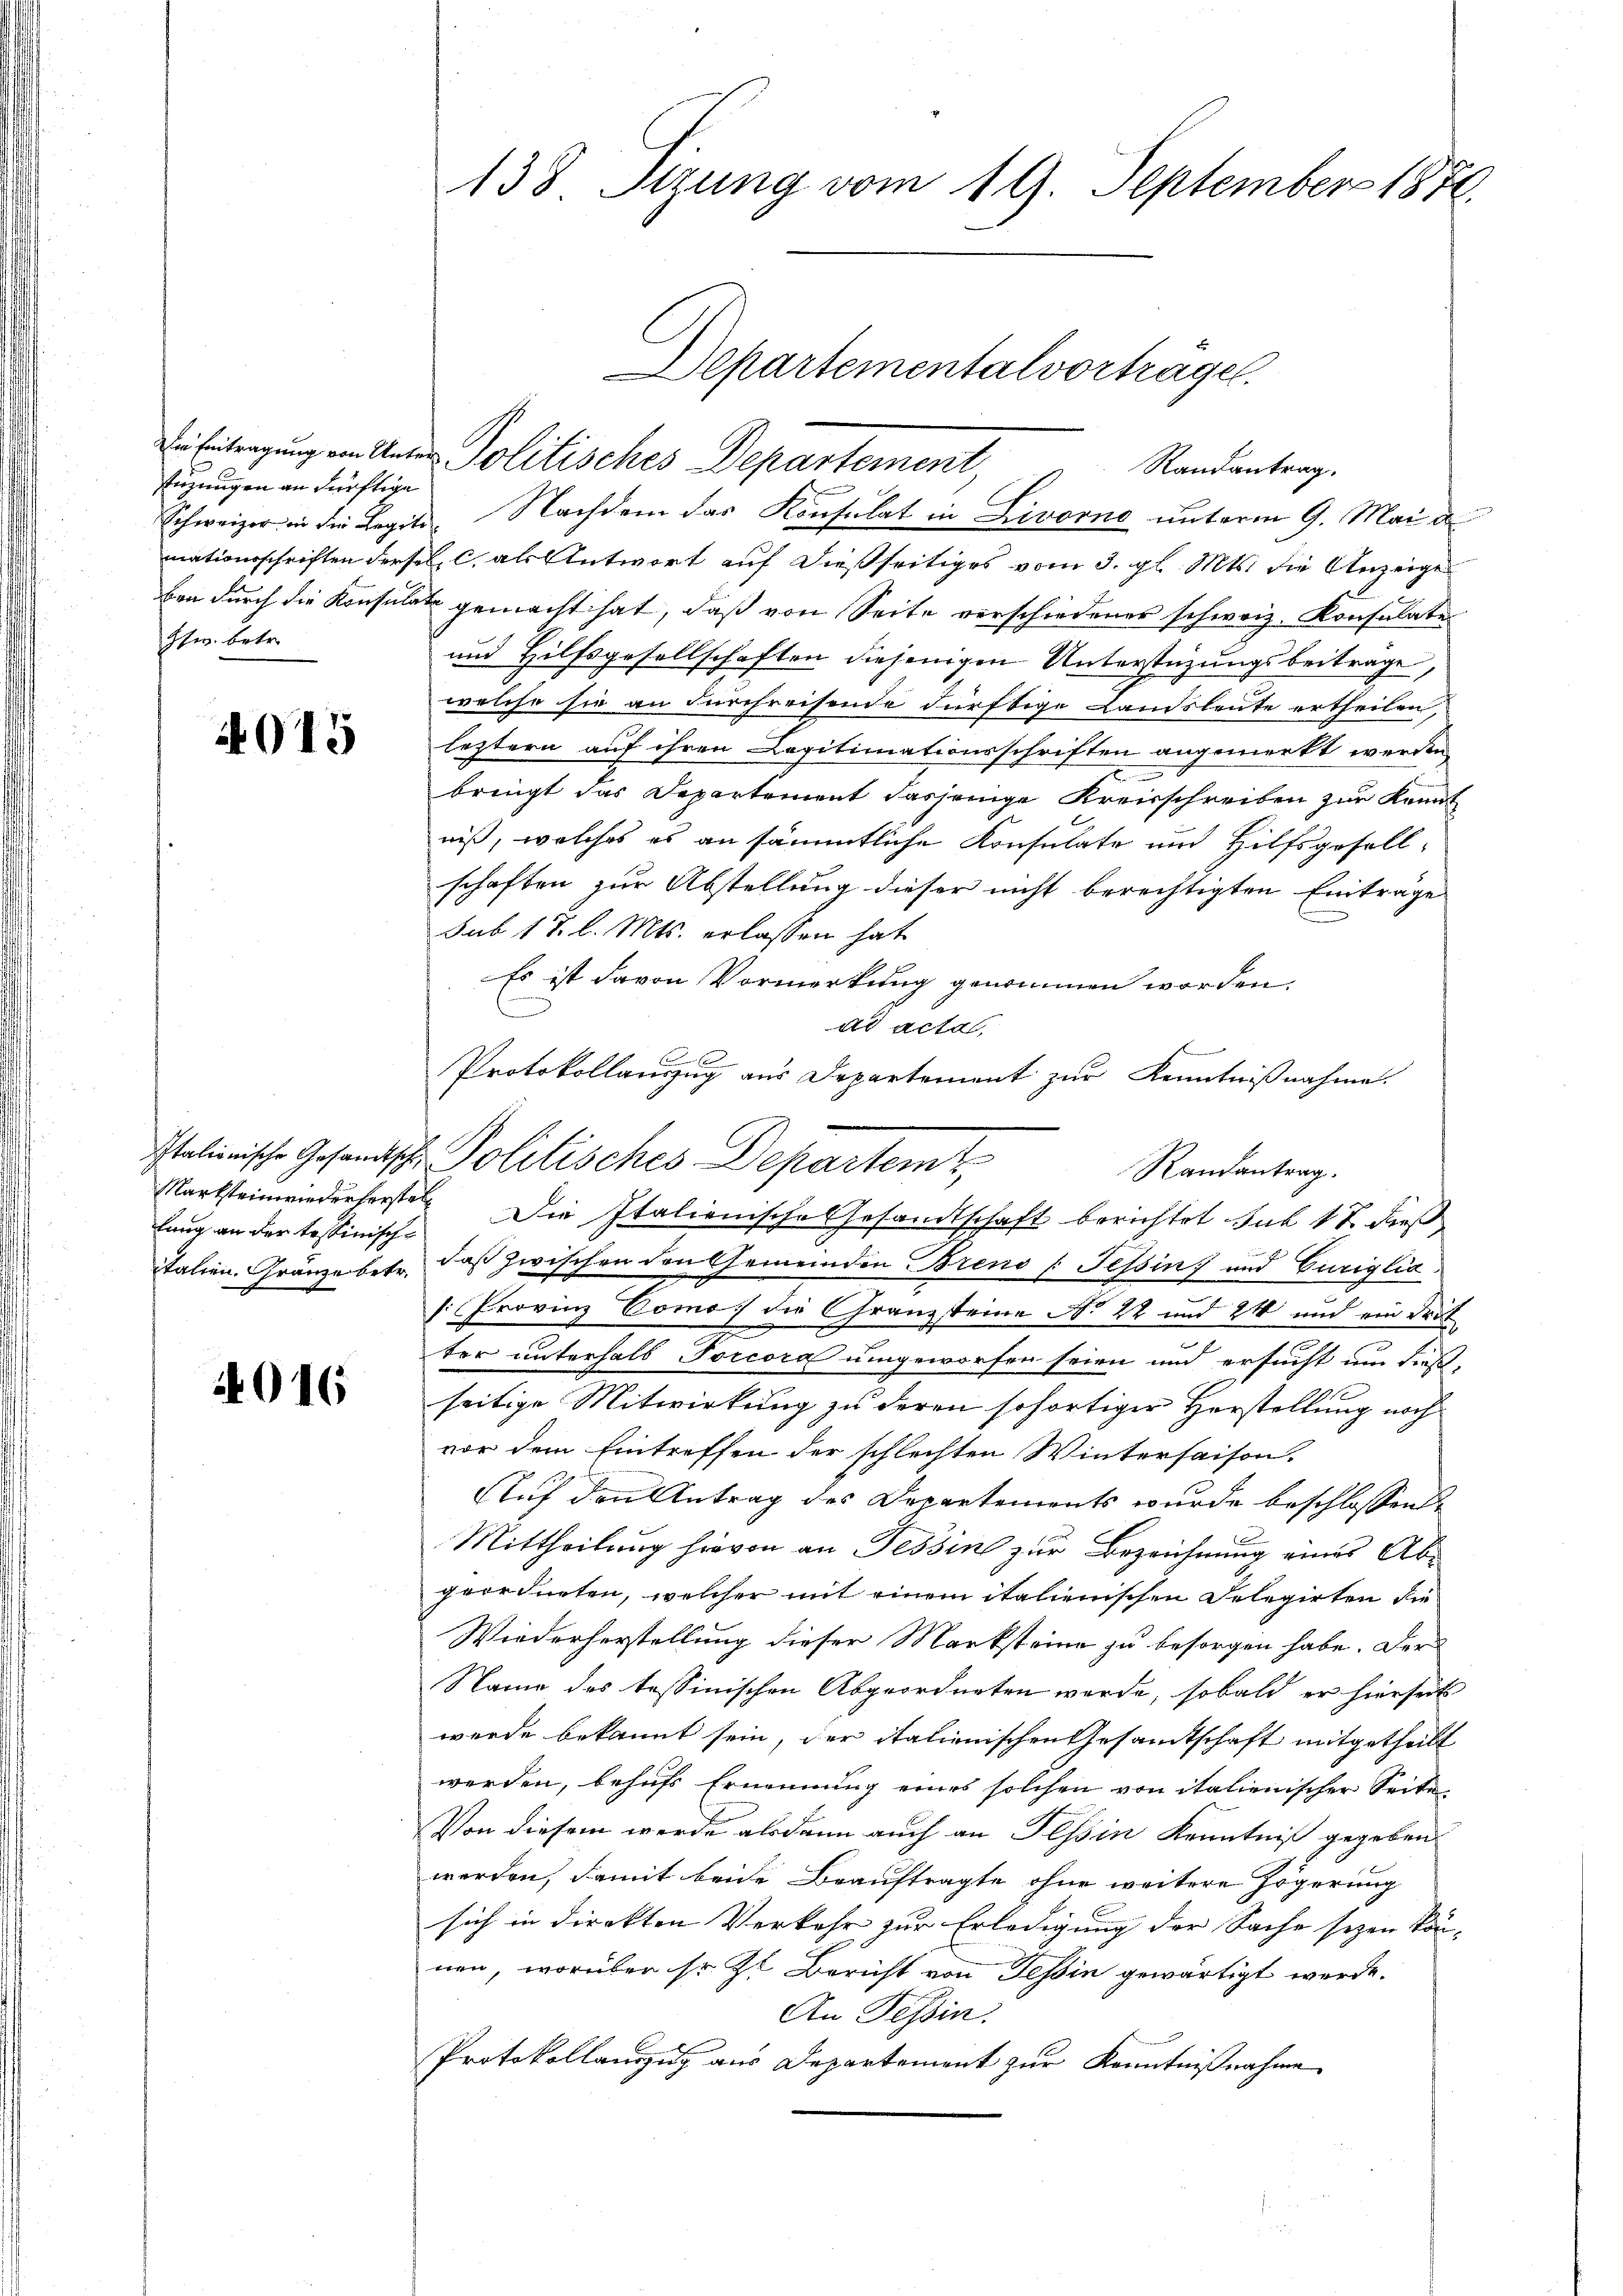
tüzungen an dürftige
Ew. betr.

2015

lung an der tessinisch-
italien. Gränze betr.

016

138 Sizung vom 19. September 1871

Die Eintragung von Unter Politisches Departement,

Randantrag.

Schweizer in die Legiti- Nachdem das Konsulat in Livorno unterm 9. Mai d.
mationsschriften dersel. C. als Antwort auf dießseitiges vom 3. gl. Mts. die Anzeiges
bea durch die Konsulat gemacht hat, daß von Seite verschiedenes schweiz. Konsulate¬
und Hilfsgesellschaften diejenigen Unterstützungsbeiträge,
welche sie an Fürchreisende dürftige Landsleute ertheilen,
leztern auf ihren Legitimationsschriften angemerkt werden
e
bringt das Departement dasjenige Kreisschreiben zur Kennt
niß, welches es an sämmtliche Konsulate und Hilfsgesell-
schaften zur Abstellung dieser nicht berechtigten Einträge
sub 1 7 l. Mts. erlassen hat
Es ist davon Vormerkung genommen worden.
ad acta,

Protokollauszug aus Departement zur Kenntnißnahme.
Marksteinwiederhersten Die Italienische Gesandtschaft berichtet sub 17 dieß
daß zwischen den Gemeinden Brend (Tessin, und Curiglia.
[: Provinz Como die Granzsteine No 22 und 24 und ein drit
ter unterhalb Torcora umgeworfen seien und ersucht um dieß,
seitige Mitwirkung zu deren sofortiger Herstellung noch
vor dem Eintreffen der schlechten Wintersaison.
Auf den Antrag des Departements wurde beschlossende
x
Mittheilung hievon an Tessin zur Bezeichnung eines Abe
geordneten, welcher mit einem italienischen Delegirten die
Wiederherstellung dieser Marksteine zu besorgen habe. Der
Name des tessinischen Abgeordneten werde, sobald er hierseits
werde bekannt sein, der italienischen Gesamtschaft mitgetheilt
werden, behufs Ernennung eines solchen von italienischer Seite
Von diesem werde alsdann auch an Tessin Kenntniß gegeben
werden, damit beide Beauftragte ohne weitere Zögerung
sich in direkten Verkehr zur Erledigung der Sache seyen kön-
nen, worüber so zu Bericht von Tessin gewärtigt werde.
An Tessin.
Protokollauszug aus Departement zur Kenntnißnahme

Italienische Gesandtsche Politisches Departemt

Departementalvortragen.

Randantrag.